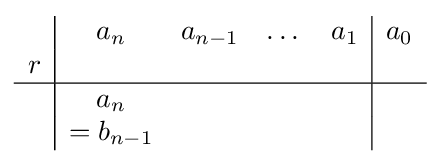
{\begin{array}{c|c c c c|c}&a_{n}&a_{n-1}&\dots &a_{1}&a_{0}\\r&&&&&\\\hline &a_{n}&&&&\\&=b_{n-1}&&&&\end{array}}